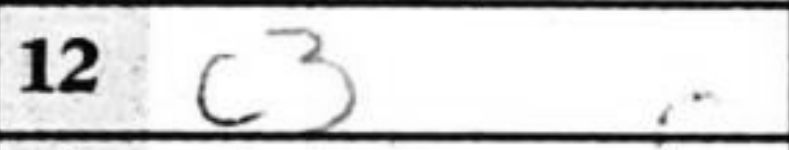
Transcription: c3